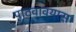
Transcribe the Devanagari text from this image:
पाठवावयास